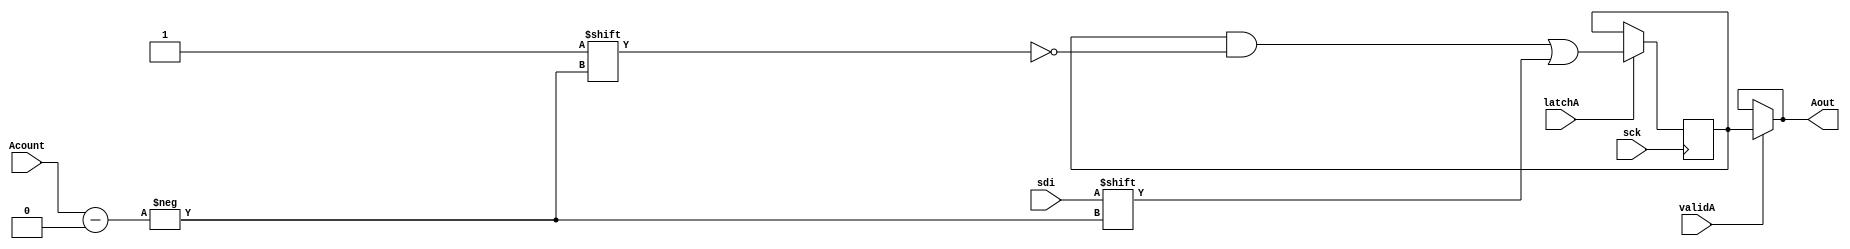
module addreg(Aout, sdi, sck, latchA, validA, Acount);
output[7:0] Aout;
input sdi, sck, latchA, validA;
input [3:0] Acount;

reg [7:0] finalRotateAddr;
initial begin
	finalRotateAddr = 8'b00000000;
end
always @(posedge sck)

begin
	if(latchA)
	begin  
		finalRotateAddr[Acount] <= sdi;
	end
end

assign  Aout = (validA) ? finalRotateAddr : Aout;
	
endmodule